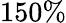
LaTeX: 150\%